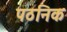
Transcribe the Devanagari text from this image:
पठनिक